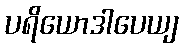
ပရိယောဒါပေယျ